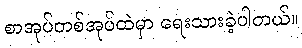
စာအုပ်တစ်အုပ်ထဲမှာ ရေးသားခဲ့ပါတယ်။